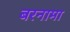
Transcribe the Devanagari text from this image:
बरनामा